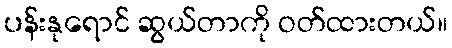
ပန်းနုရောင် ဆွယ်တာကို ဝတ်ထားတယ်။